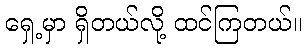
ရှေ့မှာ ရှိတယ်လို့ ထင်ကြတယ်။